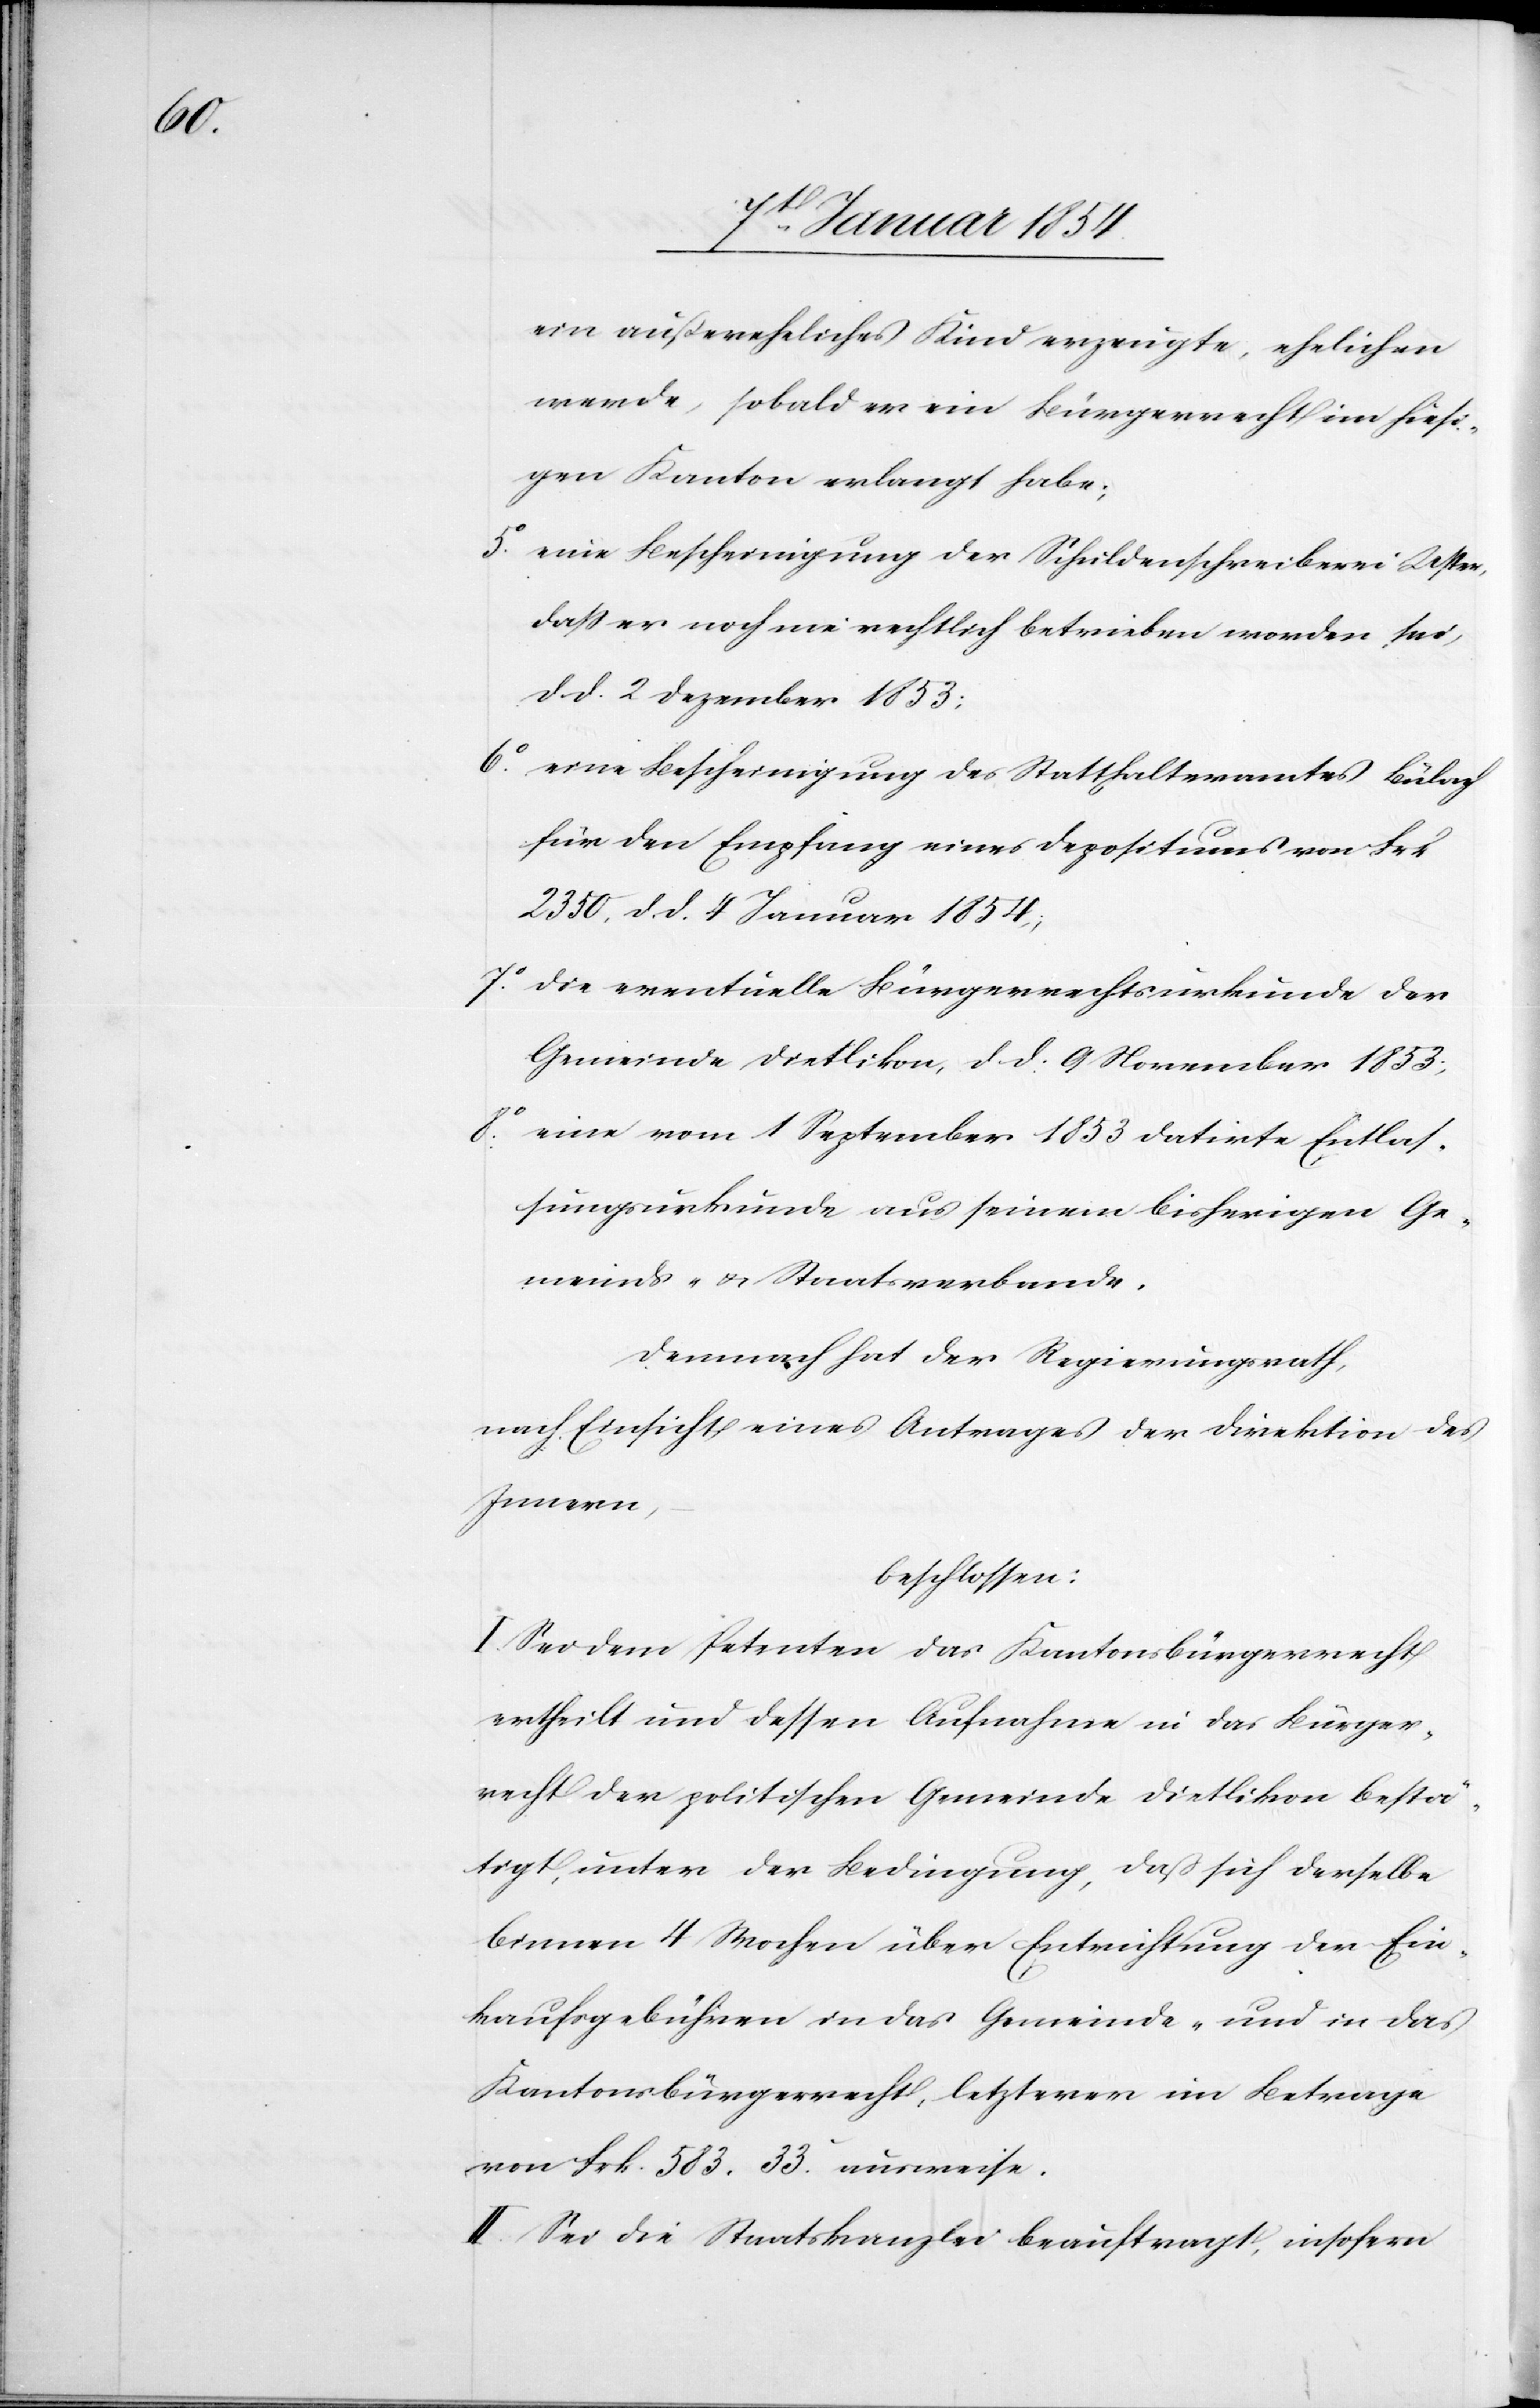
k.

ein außereheliches Kind erzeugte, ehelichen
werde, sobald er ein Bürgerrecht im hiesi¬
gen Kanton erlangt habe;
5.o eine Bescheinigung der Schuldenschreiberei Uster,
daß er noch nie rechtlich betrieben worden sei,
d. d. 2 Dezember 1853;
6.o eine Bescheinigung des Statthalteramtes Bülach
für den Empfang eines Depositums von Fr¬
2350. d. d. 4 Januar 1854;
7.o die eventuelle Bürgerrechtsurkunde der
Gemeinde Dietlikon, d. d. 9 November 1853;
8.o eine vom 1 September 1853 datirte Entlas¬
sungsurkunde aus seinen bisherigen Ge¬
meinds- u. Staatsverbande.
Demnach hat der Regierungsrath,
nach Einsicht eines Antrages der Direktion des
Innern,
beschlossen:
I. Sei dem Petenten das Kantonsbürgerrecht
ertheilt und dessen Aufnahme in das Bürger¬
recht der politischen Gemeinde Dietlikon bestä¬
tigt, unter der Bedingung, daß sich derselbe
binnen 4 Wochen über Entrichtung der Ein¬
kaufsgebühren in das Gemeinde- und in das
Kantonsbürgerrecht, letzterer im Betrage
von Frk. 583. 33.c ausweise.
II. Sei die Staatskanzlei beauftragt, insofern